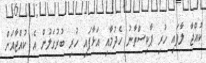
ކުއްޖާ ލާފައި ހުރި ޕާކިސްތާނު ހެދުމާއި އަޅާފައި ހުރި ބުރުގަލުން އެ ކުއްޖާއަށް